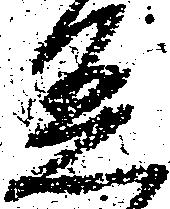
着